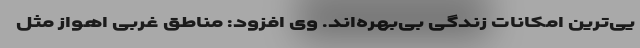
یی‌ترین امکانات زندگی بی‌بهره‌اند. وی افزود: مناطق غربی اهواز مثل